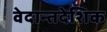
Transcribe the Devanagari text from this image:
वेदान्तदेशिक